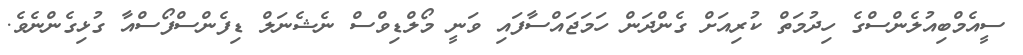
ސީއެމްބިއުލެންސްގެ ހިދުމަތް ކުރިއަށް ގެންދަން ހަމަޖައްސާފައި ވަނީ މޯލްޑިވްސް ނެޝެނަލް ޑިފެންސްފޯސްއާ ގުޅިގެންނެވެ.